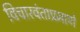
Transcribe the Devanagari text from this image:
विचारवंताप्रमाणे